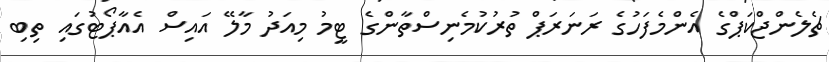
ޗެލެންޖްކަޕްގެ އެންމެފަހުގެ ރަނަރަޕް ތުރުކުމެނިސްތާންގެ ޓީމު މިއަދު މާލޭ އައިސް އެއާޕޯޓުގައި ތިބި